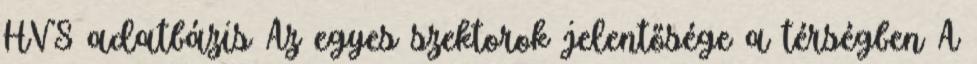
HVS adatbázis Az egyes szektorok jelentősége a térségben A